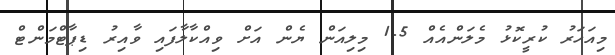
މިއަހަރު ކުރީކޮޅު މެލަންއެއް 1.5 މިލިއަން ޔެން އަށް ވިއްކާލާފައި ވާއިރު ޑިޕާޓްމަންޓް